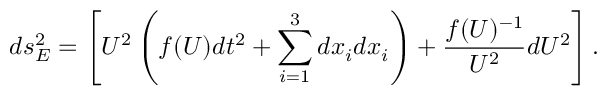
d s _ { E } ^ { 2 } = \left[ U ^ { 2 } \left( f ( U ) d t ^ { 2 } + \sum _ { i = 1 } ^ { 3 } d x _ { i } d x _ { i } \right) + \frac { f ( U ) ^ { - 1 } } { U ^ { 2 } } d U ^ { 2 } \right] .